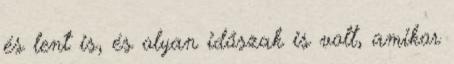
és lent is, és olyan időszak is volt, amikor